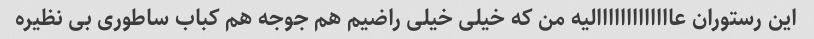
این رستوران عااااااااااااالیه من که خیلی خیلی راضیم هم جوجه هم کباب ساطوری بی نظیره